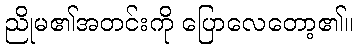
ညိုမ၏အတင်းကို ပြောလေတော့၏။